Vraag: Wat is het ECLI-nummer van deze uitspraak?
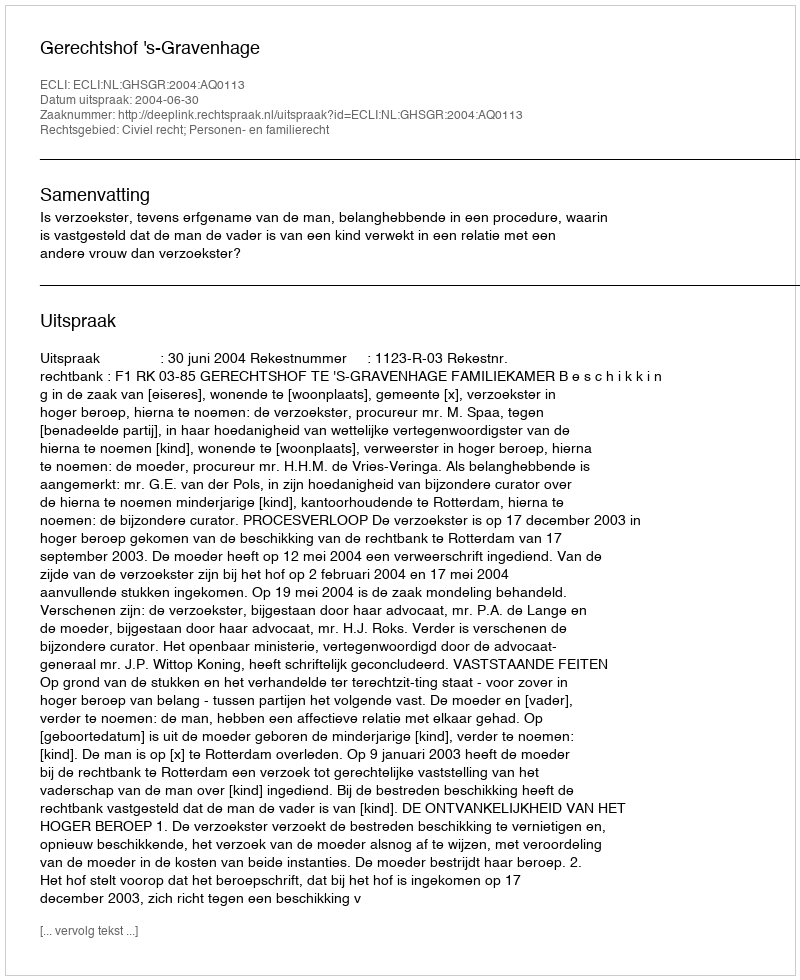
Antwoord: ECLI:NL:GHSGR:2004:AQ0113